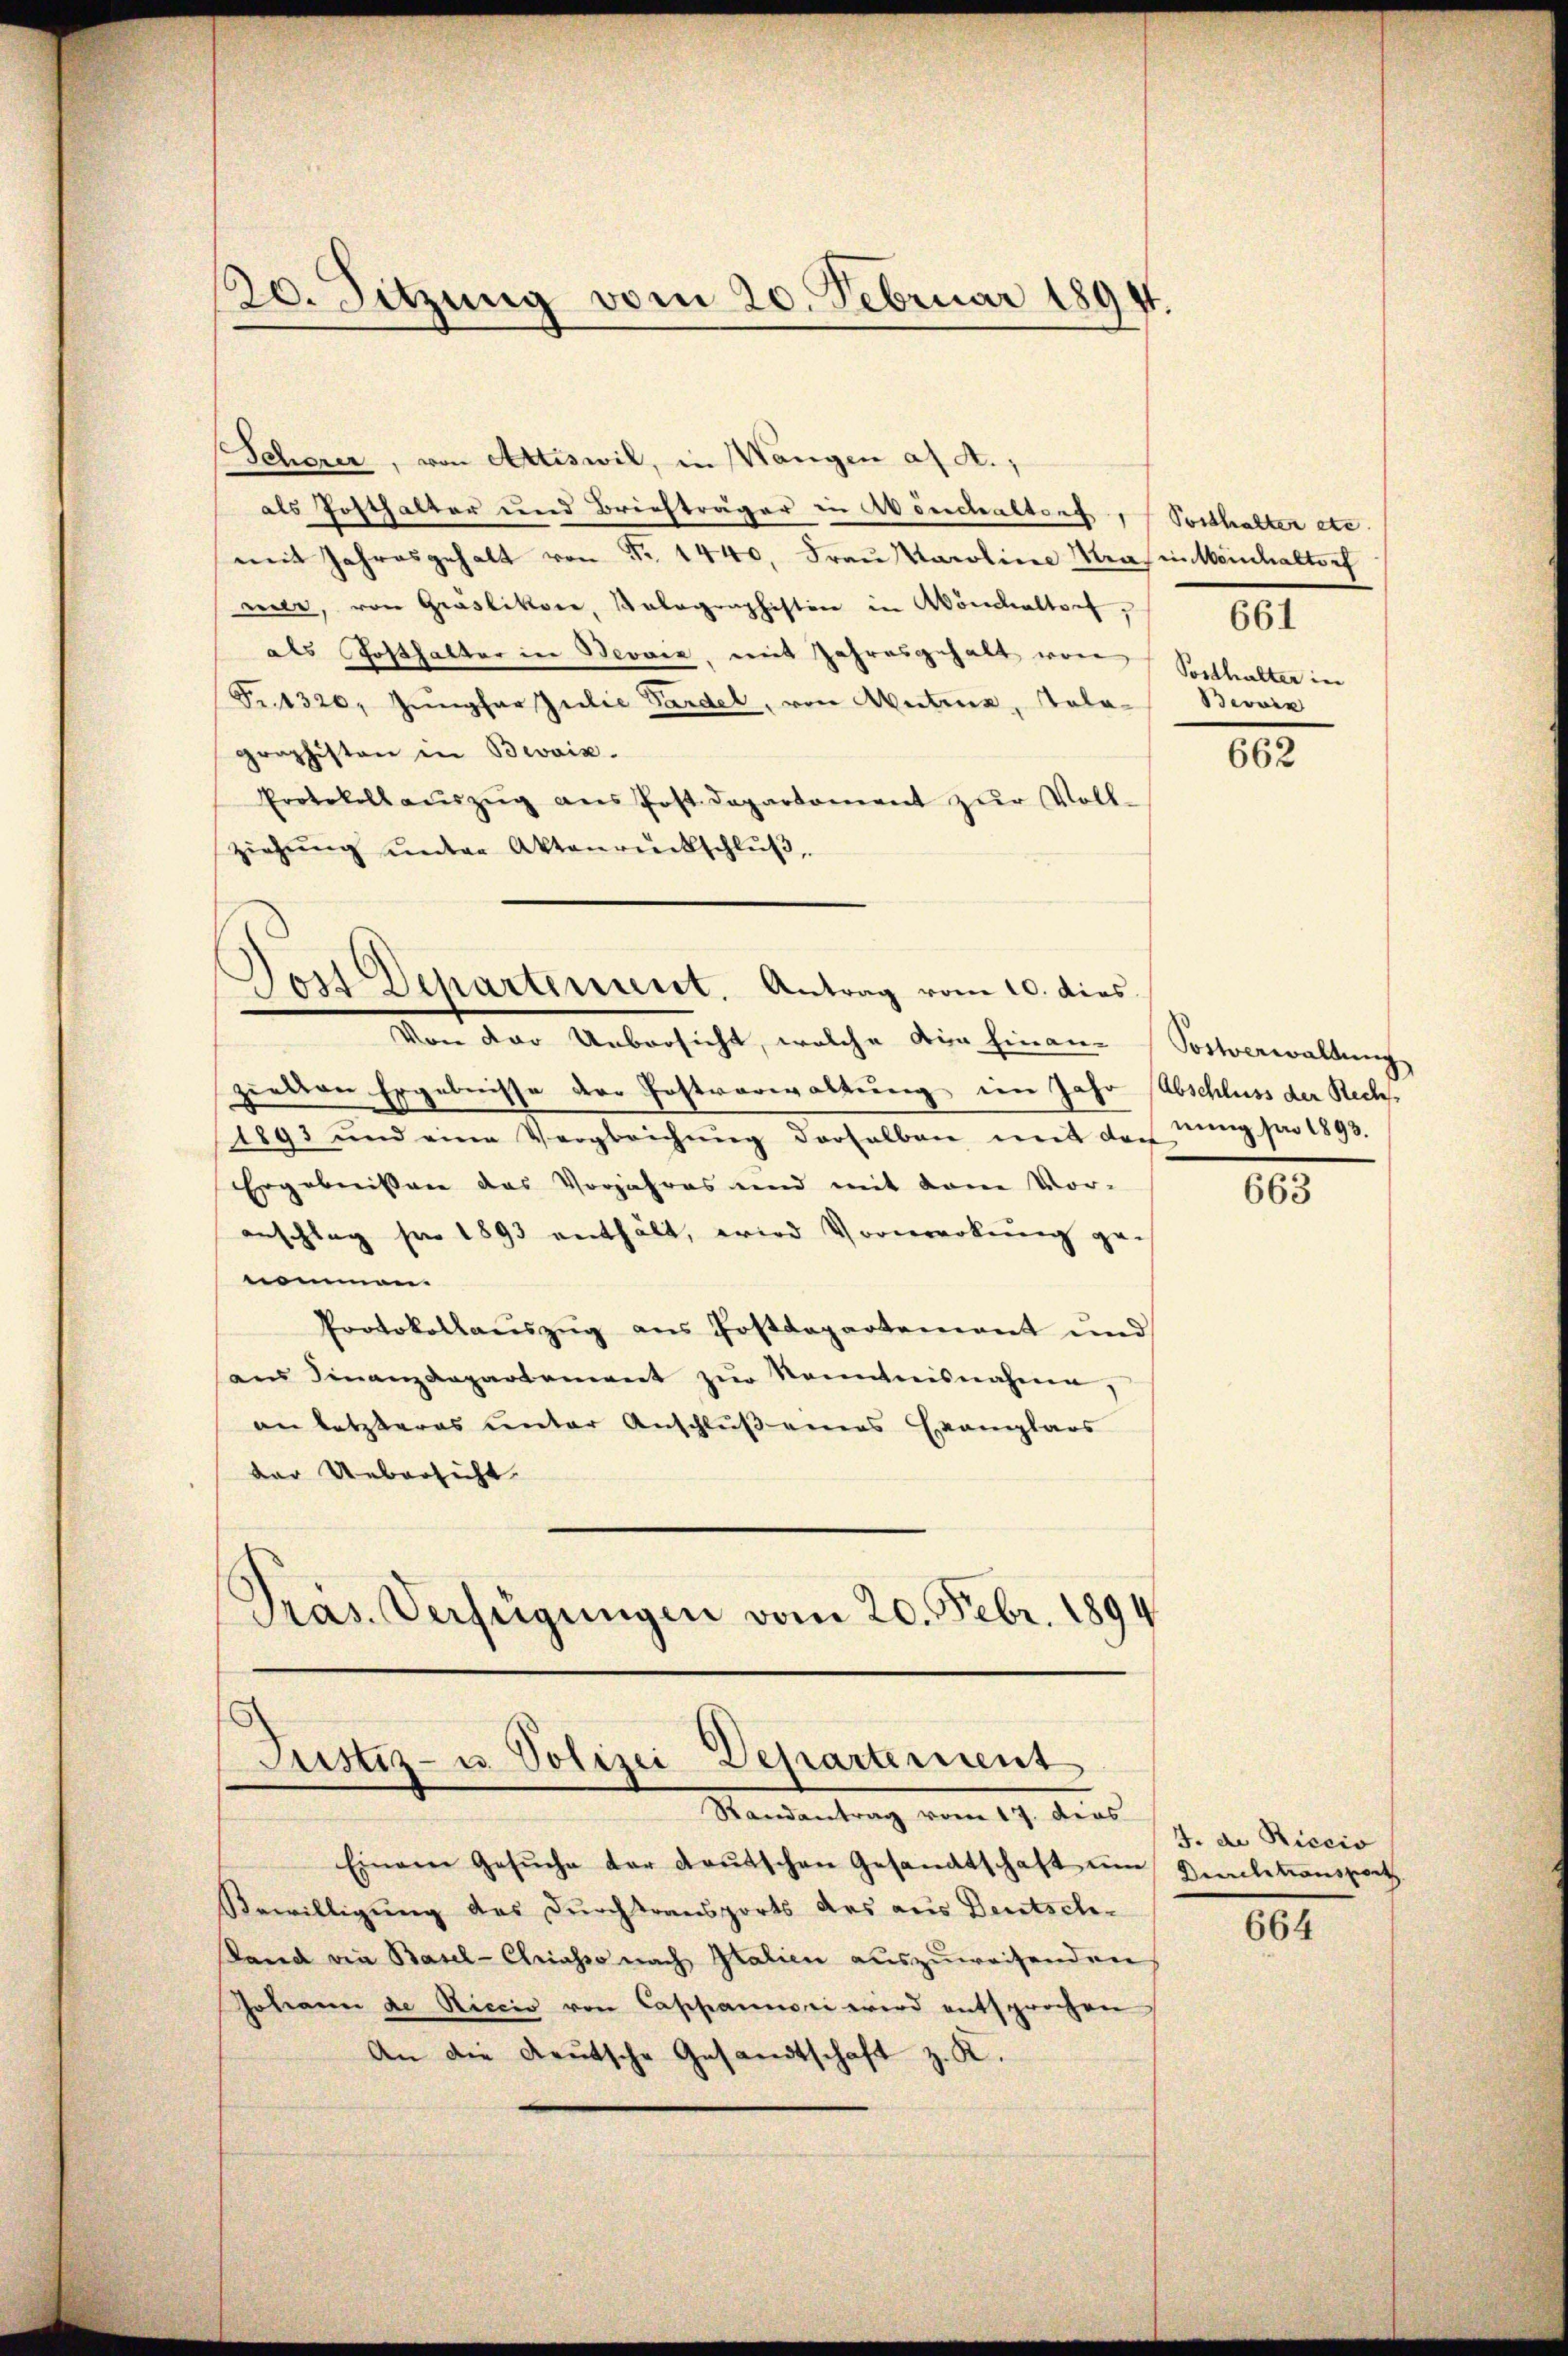
20. Sitzung vom 20. Februar 1894.

Scherer, von Attiswil, in Wangen a. a.;
als Posthalter und Briefträger in Avenchaltorf, (Posthalter etc.
mit Jahresgehalt von Nr. 1440. Frau Karoline Kraf in Weinhaltorf
meer, von Gräslikon, Kolographisten in Mönchaltorf,
als Posthalter in Beović, mit Jahresgehalt von Posthalter in
Fr. 1320, Jungfar Julie Pardel, von Mutres, Tola-
graphisten in Broix.
Protokollaŭszŭg ans Post. Departament zŭr Voll-
ziehŭng ŭnter Aktenrückschlŭβ,
Jost Departement. Antrag vom 10. dies

Von der Uebersicht, welche die hinen
zielten Ergebnisse der Postverwaltung im Jahr (Abschluss der Recht
1893 und eine Vergleichung derselben mit den
Ergebnissen das Vorjahres und mit dem Vor-
anschlag pro 1893 enthält, wird Vormerkung genommen.
Protokollauszug aus Postdepartement und
am Finanzdepartement zŭr Kenntnisnahmen,
an letzteres unter Anschluß eines Exemplars
der Uebersicht
Präs. Verfügungen vom 20. Febr. 1894

Justiz- u. Polizei Departement
Randantrag vom 17. dies

661
Bein

662

Postverwaltung
nung pro 1893.

Einem Gesŭche der deutschen Gesandtschaft um Direktionsport
Bewilligung das Durchtransports des aus Deutsch-
Sand die Basel - Chriasso nach Italien auszuweisenden
Johann de Riccio von Cappanuoni wird entsprochen
An die Deutsche Gesandtschaft z. K.

663

J. de Riccio

664